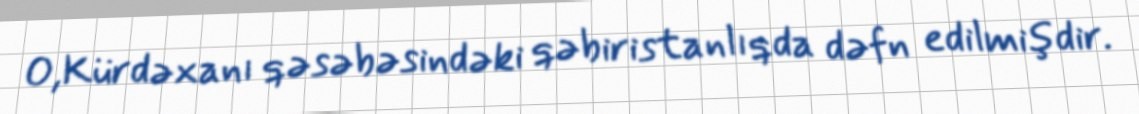
O,Kürdəxanı qəsəbəsindəki qəbiristanlıqda dəfn edilmişdir.